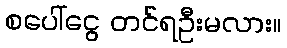
စပေါ်ငွေ တင်ရဦးမလား။